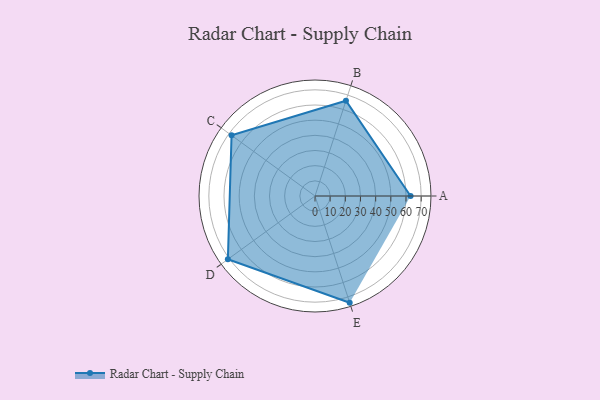
{"axis": {"x": "Skill", "y": "Score"}, "legend": ["Profile"], "data": [{"x": "A", "y": 63.0, "type": "Profile"}, {"x": "B", "y": 66.0, "type": "Profile"}, {"x": "C", "y": 68.0, "type": "Profile"}, {"x": "D", "y": 71.0, "type": "Profile"}, {"x": "E", "y": 74.0, "type": "Profile"}]}